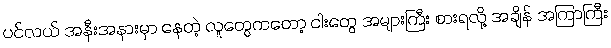
ပင်လယ် အနီးအနားမှာ နေတဲ့ လူတွေကတော့ ငါးတွေ အများကြီး စားရလို့ အချိန် အကြာကြီး